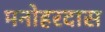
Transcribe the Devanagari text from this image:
मनोहरदास